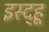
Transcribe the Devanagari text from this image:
इस्द्हू